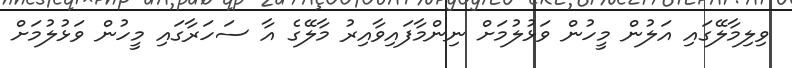
ވިލިމާލޭގައި އަލުން މީހުން ވަޅުލުމަށް ނިންމާފައިވާއިރު މާލޭގެ އާ ސަހަރާގައި މީހުން ވަޅުލުމަށް